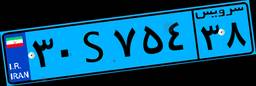
۳۰S۷۵۴۳۸